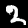
Digit: 2